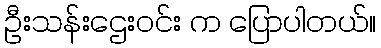
ဦးသန်းဌေးဝင်း က ပြောပါတယ်။